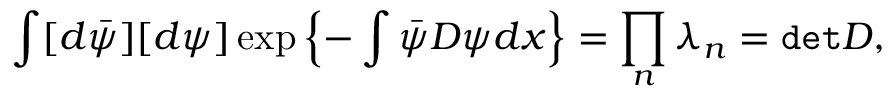
\int [ d \bar { \psi } ] [ d \psi ] \exp \left\{ - \int \bar { \psi } D \psi d x \right\} = \prod _ { n } \lambda _ { n } = { \tt d e t } D ,